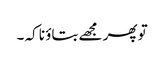
تو پھر مجھے بتاؤ نا کہ ۔